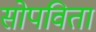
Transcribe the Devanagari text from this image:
सोपविता